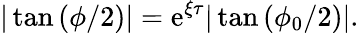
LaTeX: |\tan{(\phi/2)}|=\mathrm{e}^{\xi\tau}|\tan{(\phi_{0}/2)}|.